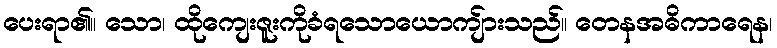
ပေးရာ၏။ သော၊ ထိုကျေးဇူးကိုခံရသောယောကျ်ားသည်။ တေနအဓိကာရေန၊